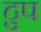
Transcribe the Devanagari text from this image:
टुप